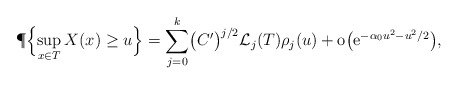
\begin{align*}\P\Bigl\{\sup_{x\in T} X(x) \ge u \Bigr\} = \sum_{j=0}^k \bigl(C'\bigr)^{j/2} \mathcal{L}_j (T) \rho_j(u)+ \mathrm{o}\bigl(\mathrm{e}^{-\alpha_0 u^2 - u^2/2}\bigr),\end{align*}